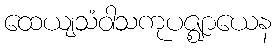
ထေယျသံဝါသကုပဇ္ဈာယေန